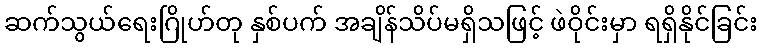
ဆက်သွယ်ရေးဂြိုဟ်တု နှစ်ပက် အချိန်သိပ်မရှိသဖြင့် ဖဲဝိုင်းမှာ ရရှိနိုင်ခြင်း